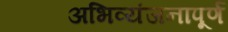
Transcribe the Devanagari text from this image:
अभिव्यंजनापूर्ण